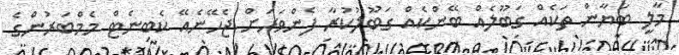
މާލީ ބަޔާން ތަކެއް ގަބޫލެއް ބޭންކެއް ގަބޫލުކުރާ ފެންވަރަށް ޖެހޭނެއޭ ކެބިނެޓް މެމްބަރުންގެ